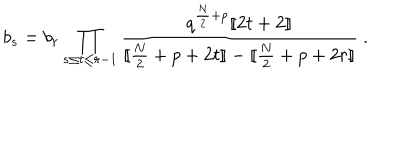
b _ { s } = b _ { r } \prod _ { s \le t \le r - 1 } { \frac { q ^ { { \frac { N } { 2 } } + p } [ \! [ 2 t + 2 ] \! ] } { [ \! [ { \frac { N } { 2 } } + p + 2 t ] \! ] - [ \! [ { \frac { N } { 2 } } + p + 2 r ] \! ] } } \ .